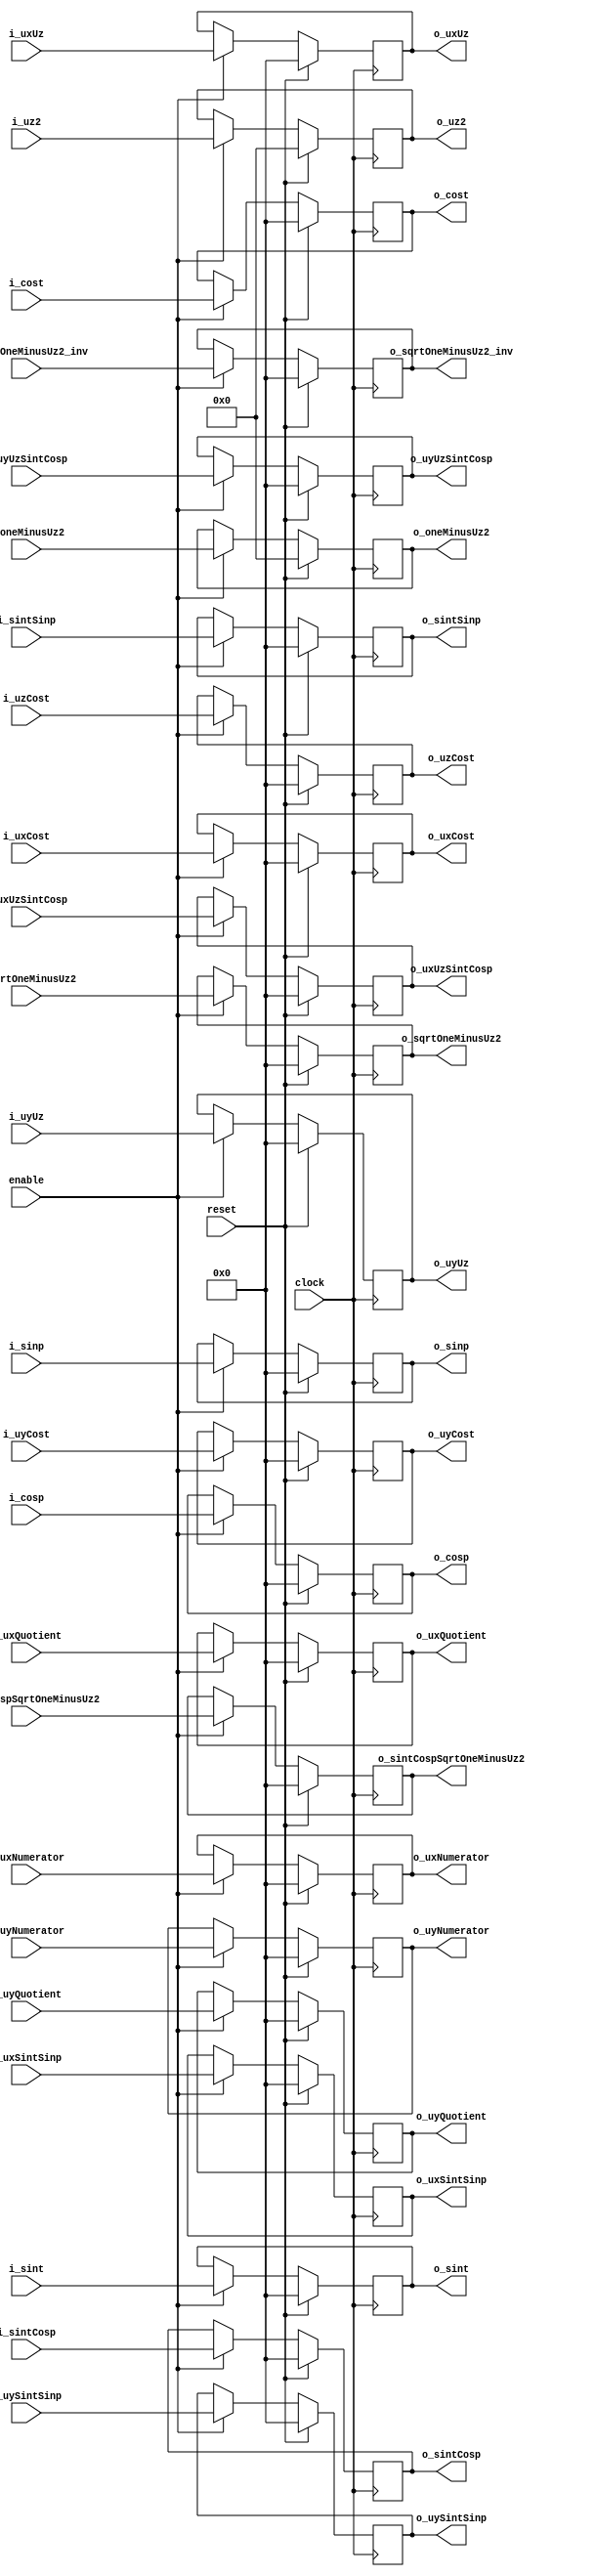
`define TRIG_WIDTH 5'b01010 //10;
`define PIPELINE_DEPTH_UPPER_LIMIT 10'b0100000000 //256;
`define ABSORB_ADDR_WIDTH 6'b010000 //16;
`define ABSORB_WORD_WIDTH 7'b01000000 //64;
`define WSCALE 22'b0111010100101111111111 //1919999;
//`define BIT_WIDTH 7'b0100000
//`define LAYER_WIDTH 6'b000011 
`define LEFTSHIFT 6'b000011         // 2^3=8=1/0.125 where 0.125 = CHANCE of roulette
`define INTCHANCE 32'b00100000000000000000000000000000 //Based on 32 bit rand num generator
`define MIN_WEIGHT 9'b011001000 
`define BIT_WIDTH 7'b0100000
`define LAYER_WIDTH 6'b000011
`define INTMAX 32'b01111111111111111111111111111111
`define INTMIN 32'b10000000000000000000000000000000
`define DIVIDER_LATENCY 6'b011110
`define FINAL_LATENCY 6'b011100
`define MULT_LATENCY 1'b1
`define ASPECT_RATIO 6'b000111
`define TOTAL_LATENCY 7'b0111100
//`define BIT_WIDTH 6'b100000
//`define LAYER_WIDTH 6'b000011
`define LOGSCALEFACTOR 6'b000101
`define MAXLOG 32'b10110001011100100001011111110111		//Based on 32 bit unsigned rand num generator
`define CONST_MOVE_AMOUNT 15'b110000110101000  //Used for testing purposes only
`define MUTMAX_BITS 6'b001111
//`define BIT_WIDTH 6'b100000
//`define LAYER_WIDTH 6'b000011
//`define INTMAX 32'b01111111111111111111111111111111
//`define INTMIN 32'b10000000000000000000000000000000
//`define BIT_WIDTH 7'b0100000
`define MANTISSA_PRECISION 6'b001010
`define LOG2_BIT_WIDTH 6'b000110
`define LOG2 28'b0101100010111001000010111111
`define NR 10'b0100000000             
`define NZ 10'b0100000000              
`define NR_EXP 5'b01000              //meaning `NR=2^`NR_exp or 2^8=256
`define RGRID_SCLAE_EXP 6'b010101    //2^21 = RGRID_SCALE
`define ZGRID_SCLAE_EXP 6'b010101    //2^21 = ZGRID_SCALE
//`define BIT_WIDTH 7'b0100000
`define BIT_WIDTH_2 8'b01000000
`define WORD_WIDTH 8'b01000000
`define ADDR_WIDTH 6'b010000          //256x256=2^8*2^8=2^16
`define DIV 6'b010100//20;
`define SQRT 5'b01010 //10;
`define LAT 7'b0100101 //DIV + SQRT + 7;
`define INTMAX_2 {32'h3FFFFFFF,32'h00000001}
//`define INTMAX 32'b01111111111111111111111111111111//2147483647;
//`define INTMIN 32'b10000000000000000000000000000001//-2147483647;
`define INTMAXMinus3 32'b01111111111111111111111111111100//2147483644;
`define negINTMAXPlus3 32'b10000000000000000000000000000100//-2147483644;
`define INTMAX_2_ref {32'h3FFFFFFF,32'hFFFFFFFF}
`define SIMULATION_MEMORY

module InternalsBlock(
	//Inputs
	clock,
	reset,
	enable,
	
	i_sint,
	i_cost,
	i_sinp,
	i_cosp,
	i_sintCosp,
	i_sintSinp,
	i_uz2,
	i_uxUz,
	i_uyUz,
	i_uySintSinp,
	i_oneMinusUz2,
	i_uyUzSintCosp,
	i_uxUzSintCosp,
	i_uxSintSinp,
	i_sqrtOneMinusUz2,
	i_sintCospSqrtOneMinusUz2,
	i_uxCost,
	i_uzCost,
	i_sqrtOneMinusUz2_inv,
	i_uxNumerator,
	i_uyNumerator,
	i_uyCost,
	i_uxQuotient,
	i_uyQuotient,
	//Outputs
	o_sint,
	o_cost,
	o_sinp,
	o_cosp,
	o_sintCosp,
	o_sintSinp,
	o_uz2,
	o_uxUz,
	o_uyUz,
	o_uySintSinp,
	o_oneMinusUz2,
	o_uyUzSintCosp,
	o_uxUzSintCosp,
	o_uxSintSinp,
	o_sqrtOneMinusUz2,
	o_sintCospSqrtOneMinusUz2,
	o_uxCost,
	o_uzCost,
	o_sqrtOneMinusUz2_inv,
	o_uxNumerator,
	o_uyNumerator,
	o_uyCost,
	o_uxQuotient,
	o_uyQuotient
	);

input					clock;
input					reset;
input					enable;

input		[31:0]		i_sint;
input		[31:0]		i_cost;
input		[31:0]		i_sinp;
input		[31:0]		i_cosp;
input		[31:0]		i_sintCosp;
input		[31:0]		i_sintSinp;
input		[63:0]		i_uz2;
input		[31:0]		i_uxUz;
input		[31:0]		i_uyUz;
input		[31:0]		i_uySintSinp;
input		[63:0]		i_oneMinusUz2;
input		[31:0]		i_uyUzSintCosp;
input		[31:0]		i_uxUzSintCosp;
input		[31:0]		i_uxSintSinp;
input		[31:0]		i_sqrtOneMinusUz2;
input		[31:0]		i_sintCospSqrtOneMinusUz2;
input		[31:0]		i_uxCost;
input		[31:0]		i_uzCost;
input		[31:0]		i_sqrtOneMinusUz2_inv;
input		[31:0]		i_uxNumerator;
input		[31:0]		i_uyNumerator;
input		[31:0]		i_uyCost;
input		[31:0]		i_uxQuotient;
input		[31:0]		i_uyQuotient;


output		[31:0]		o_sint;
output		[31:0]		o_cost;
output		[31:0]		o_sinp;
output		[31:0]		o_cosp;
output		[31:0]		o_sintCosp;
output		[31:0]		o_sintSinp;
output		[63:0]		o_uz2;
output		[31:0]		o_uxUz;
output		[31:0]		o_uyUz;
output		[31:0]		o_uySintSinp;
output		[63:0]		o_oneMinusUz2;
output		[31:0]		o_uyUzSintCosp;
output		[31:0]		o_uxUzSintCosp;
output		[31:0]		o_uxSintSinp;
output		[31:0]		o_sqrtOneMinusUz2;
output		[31:0]		o_sintCospSqrtOneMinusUz2;
output		[31:0]		o_uxCost;
output		[31:0]		o_uzCost;
output		[31:0]		o_sqrtOneMinusUz2_inv;
output		[31:0]		o_uxNumerator;
output		[31:0]		o_uyNumerator;
output		[31:0]		o_uyCost;
output		[31:0]		o_uxQuotient;
output		[31:0]		o_uyQuotient;


wire					clock;
wire					reset;
wire					enable;

wire		[31:0]		i_sint;
wire		[31:0]		i_cost;
wire		[31:0]		i_sinp;
wire		[31:0]		i_cosp;
wire		[31:0]		i_sintCosp;
wire		[31:0]		i_sintSinp;
wire		[63:0]		i_uz2;
wire		[31:0]		i_uxUz;
wire		[31:0]		i_uyUz;
wire		[31:0]		i_uySintSinp;
wire		[63:0]		i_oneMinusUz2;
wire		[31:0]		i_uyUzSintCosp;
wire		[31:0]		i_uxUzSintCosp;
wire		[31:0]		i_uxSintSinp;
wire		[31:0]		i_sqrtOneMinusUz2;
wire		[31:0]		i_sintCospSqrtOneMinusUz2;
wire		[31:0]		i_uxCost;
wire		[31:0]		i_uzCost;
wire		[31:0]		i_sqrtOneMinusUz2_inv;
wire		[31:0]		i_uxNumerator;
wire		[31:0]		i_uyNumerator;
wire		[31:0]		i_uyCost;
wire		[31:0]		i_uxQuotient;
wire		[31:0]		i_uyQuotient;


reg			[31:0]		o_sint;
reg			[31:0]		o_cost;
reg			[31:0]		o_sinp;
reg			[31:0]		o_cosp;
reg			[31:0]		o_sintCosp;
reg			[31:0]		o_sintSinp;
reg			[63:0]		o_uz2;
reg			[31:0]		o_uxUz;
reg			[31:0]		o_uyUz;
reg			[31:0]		o_uySintSinp;
reg			[63:0]		o_oneMinusUz2;
reg			[31:0]		o_uyUzSintCosp;
reg			[31:0]		o_uxUzSintCosp;
reg			[31:0]		o_uxSintSinp;
reg			[31:0]		o_sqrtOneMinusUz2;
reg			[31:0]		o_sintCospSqrtOneMinusUz2;
reg			[31:0]		o_uxCost;
reg			[31:0]		o_uzCost;
reg			[31:0]		o_sqrtOneMinusUz2_inv;
reg			[31:0]		o_uxNumerator;
reg			[31:0]		o_uyNumerator;
reg			[31:0]		o_uyCost;
reg			[31:0]		o_uxQuotient;
reg			[31:0]		o_uyQuotient;




always @ (posedge clock)
	if(reset) begin
		o_sint						<= 32'h00000000;
		o_cost						<= 32'h00000000;
		o_sinp						<= 32'h00000000;
		o_cosp						<= 32'h00000000;
		o_sintCosp					<= 32'h00000000;
		o_sintSinp					<= 32'h00000000;
		o_uz2						<= 64'h0000000000000000;
		o_uxUz						<= 32'h00000000;
		o_uyUz						<= 32'h00000000;
		o_uySintSinp				<= 32'h00000000;
		o_oneMinusUz2				<= 64'h0000000000000000;
		o_uyUzSintCosp				<= 32'h00000000;
		o_uxUzSintCosp				<= 32'h00000000;
		o_uxSintSinp				<= 32'h00000000;
		o_sqrtOneMinusUz2			<= 32'h00000000;
		o_sintCospSqrtOneMinusUz2	<= 32'h00000000;
		o_uxCost					<= 32'h00000000;
		o_uzCost					<= 32'h00000000;
		o_sqrtOneMinusUz2_inv		<= 32'h00000000;
		o_uxNumerator				<= 32'h00000000;
		o_uyNumerator				<= 32'h00000000;
		o_uyCost					<= 32'h00000000;
		o_uxQuotient				<= 32'h00000000;
		o_uyQuotient				<= 32'h00000000;
	end else if(enable) begin
		o_sint						<= i_sint;
		o_cost						<= i_cost;
		o_sinp						<= i_sinp;
		o_cosp						<= i_cosp;
		o_sintCosp					<= i_sintCosp;
		o_sintSinp					<= i_sintSinp;
		o_uz2						<= i_uz2;
		o_uxUz						<= i_uxUz;
		o_uyUz						<= i_uyUz;
		o_uySintSinp				<= i_uySintSinp;
		o_oneMinusUz2				<= i_oneMinusUz2;
		o_uyUzSintCosp				<= i_uyUzSintCosp;
		o_uxUzSintCosp				<= i_uxUzSintCosp;
		o_uxSintSinp				<= i_uxSintSinp;
		o_sqrtOneMinusUz2			<= i_sqrtOneMinusUz2;
		o_sintCospSqrtOneMinusUz2	<= i_sintCospSqrtOneMinusUz2;
		o_uxCost					<= i_uxCost;
		o_uzCost					<= i_uzCost;
		o_sqrtOneMinusUz2_inv		<= i_sqrtOneMinusUz2_inv;
		o_uxNumerator				<= i_uxNumerator;
		o_uyNumerator				<= i_uyNumerator;
		o_uyCost					<= i_uyCost;
		o_uxQuotient				<= i_uxQuotient;
		o_uyQuotient				<= i_uyQuotient;
	end
endmodule